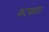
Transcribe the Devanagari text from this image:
फटकारा।